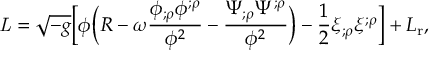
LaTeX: { \it L } = \sqrt { - g } \biggl [ \phi \biggl ( R - \omega \frac { \phi _ { ; \rho } \phi ^ { ; \rho } } { \phi ^ { 2 } } - \frac { \Psi _ { ; \rho } \Psi ^ { ; \rho } } { \phi ^ { 2 } } \biggr ) - \frac { 1 } { 2 } \xi _ { ; \rho } \xi ^ { ; \rho } \biggr ] + L _ { \mathrm { r } } ,